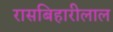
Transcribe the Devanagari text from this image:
रासबिहारीलाल